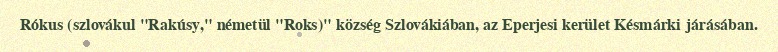
Rókus (szlovákul "Rakúsy," németül "Roks)" község Szlovákiában, az Eperjesi kerület Késmárki járásában.